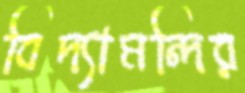
বিদ্যামন্দির